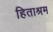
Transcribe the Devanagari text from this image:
हिताश्रम